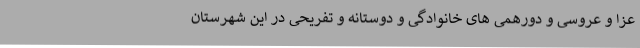
عزا و عروسی و دورهمی های خانوادگی و دوستانه و تفریحی در این شهرستان